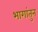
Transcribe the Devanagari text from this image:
भागांतुन